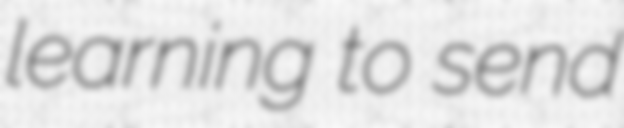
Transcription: learning to send